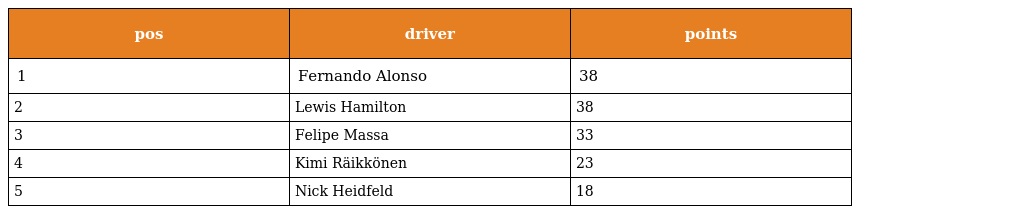
| pos | driver | points |
 | --- | --- | --- |
 | 1 | Fernando Alonso | 38 |
 | 2 | Lewis Hamilton | 38 |
 | 3 | Felipe Massa | 33 |
 | 4 | Kimi Räikkönen | 23 |
 | 5 | Nick Heidfeld | 18 |